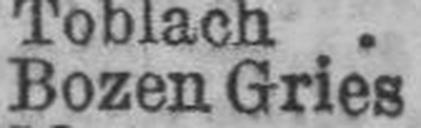
Bozen Gries